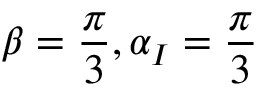
\beta = \frac { \pi } { 3 } , \alpha _ { I } = \frac { \pi } { 3 }